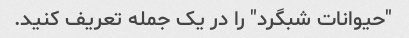
"حیوانات شبگرد" را در یک جمله تعریف کنید.